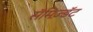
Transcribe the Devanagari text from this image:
सॅमिज़्डॅट